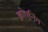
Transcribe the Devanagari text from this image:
क्रोएनिंग